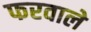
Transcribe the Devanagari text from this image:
फरवाले